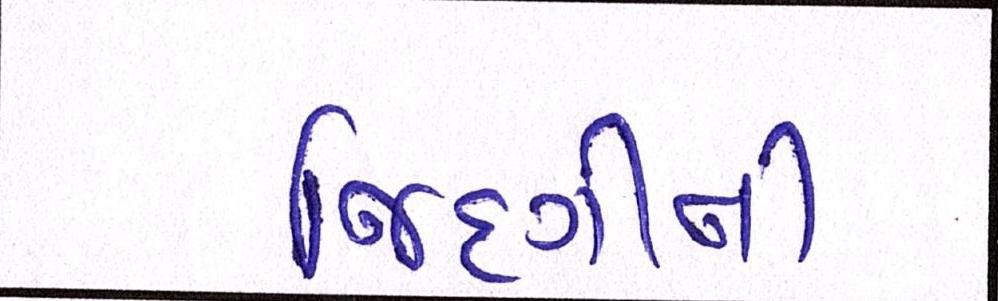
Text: જિંદગીની